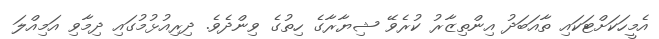
އެމީހަކަށްޓަކައި ތާއަބަދު އިންތިޒާރު ކުރެވޭ ޝިޔާރާގެ ހިތުގެ ވިންދެވެ. ދިރިއުޅުމުގައި ދިމާވި އަމިއްލަ